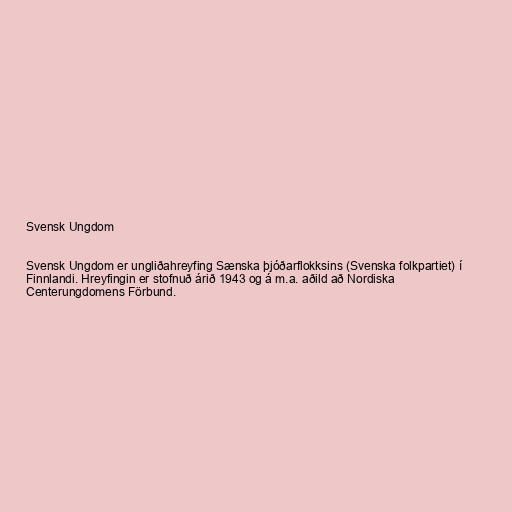
Svensk Ungdom

Svensk Ungdom er ungliðahreyfing Sænska þjóðarflokksins (Svenska folkpartiet) í
Finnlandi. Hreyfingin er stofnuð árið 1943 og á m.a. aðild að Nordiska
Centerungdomens Förbund.